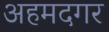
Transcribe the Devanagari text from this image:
अहमदगर